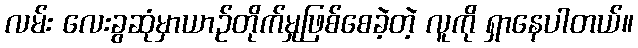
လမ်း လေးခွဆုံမှာယာဉ်တိုက်မှုဖြစ်စေခဲ့တဲ့ လူကို ရှာနေပါတယ်။